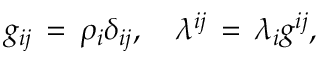
g _ { i j } \, = \, \rho _ { i } \delta _ { i j } , \quad \lambda ^ { i j } \, = \, \lambda _ { i } g ^ { i j } ,